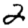
Digit: 2